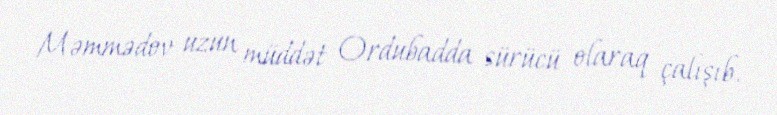
Məmmədov uzun müddət Ordubadda sürücü olaraq çalışıb.